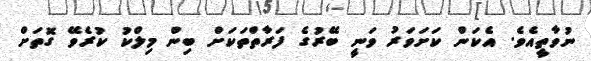
ނުވާތީއެވެ. އެކަން ކަށަވަރު ވަނީ ބޭރުގެ ފަރާތްތަކަށް ބިން މިލްކު ކުރެވޭ ގޮތަށް